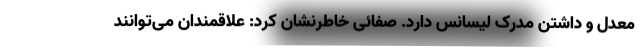
معدل و داشتن مدرک لیسانس دارد. صفائی خاطرنشان کرد: علاقمندان می‌توانند